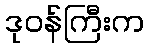
ဒုဝန်ကြီးက